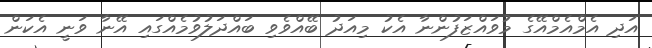
އަދި އެމްއެމްއޭގެ މުވައްޒަފުންނާ އެކު މިއަދު ބޭއްވެވި ބައްދަލުވުމެއްގައި އޭނާ ވަނީ އެކަން